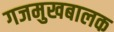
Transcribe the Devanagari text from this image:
गजमुखबालक